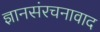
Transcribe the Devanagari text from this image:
ज्ञानसंरचनावाद